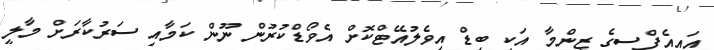
އައިއެފްސީގެ ޒިންމާ އަކީ ބިޑް އިވެލުއޭޓްކޮށް އެވޯޑްކުރުން ނޫން ކަމާއި ސަރުކާރަށް މާލީ